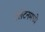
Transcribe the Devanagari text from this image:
क्लेटनमध्ये